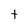
Character: t